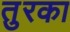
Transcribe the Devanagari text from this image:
तुरका